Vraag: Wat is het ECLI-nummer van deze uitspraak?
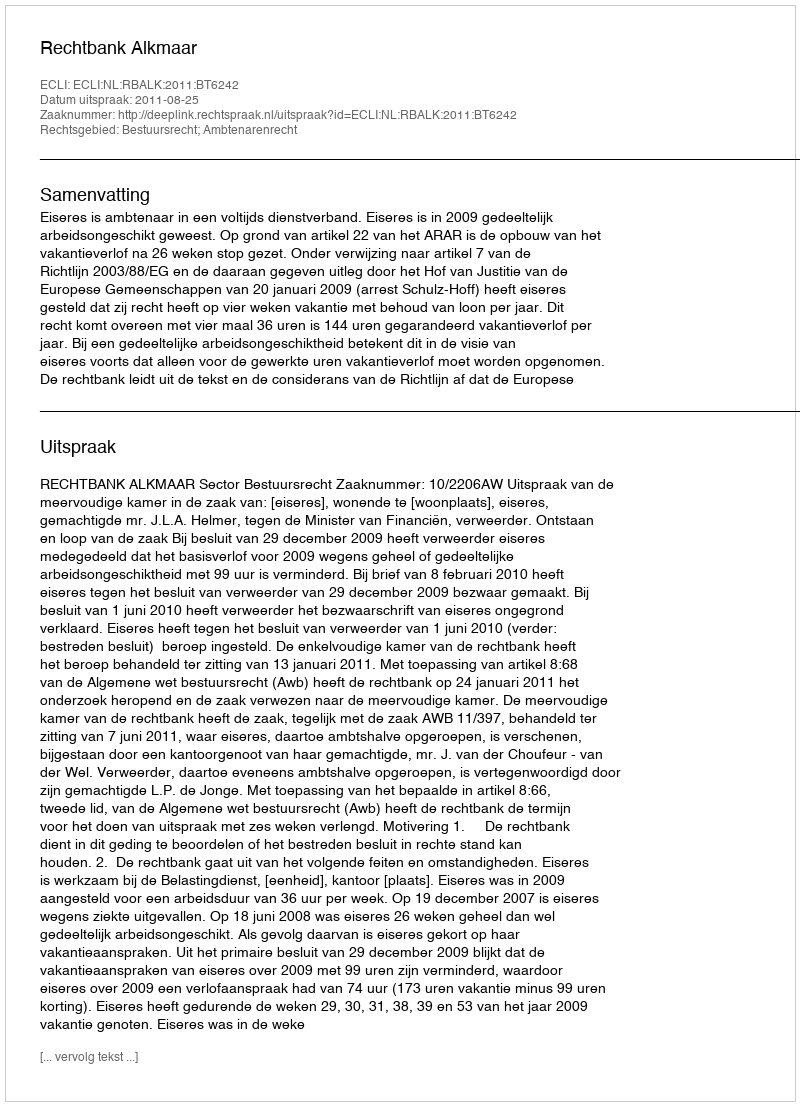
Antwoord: ECLI:NL:RBALK:2011:BT6242